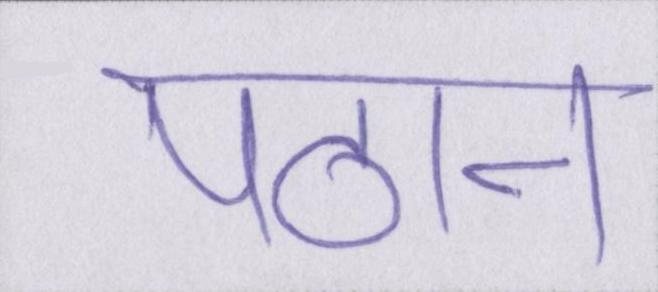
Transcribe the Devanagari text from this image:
पठान